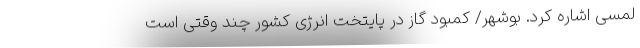
لمسی اشاره کرد. بوشهر/ کمبود گاز در پایتخت انرژی کشور چند وقتی است